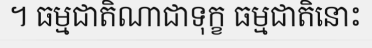
។ ធម្មជាតិណាជាទុក្ខ ធម្មជាតិនោះ